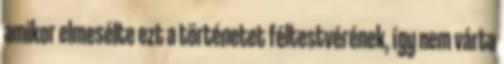
amikor elmesélte ezt a történetet féltestvérének, így nem várta